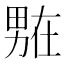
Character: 𭻟